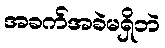
အခက်အခဲမရှိဘဲ